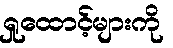
ရှုထောင့်များကို